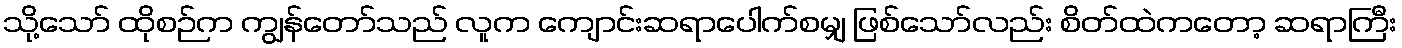
သို့သော် ထိုစဉ်က ကျွန်တော်သည် လူက ကျောင်းဆရာပေါက်စမျှ ဖြစ်သော်လည်း စိတ်ထဲကတော့ ဆရာကြီး